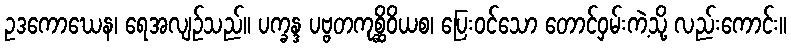
ဥဒကောဃေန၊ ရေအလျဉ်သည်။ ပက္ခန္ဒ ပဗ္ဗတကုစ္ဆိဝိယစ၊ ပြေးဝင်သော တောင်ဝှမ်းကဲ့သို့ လည်းကောင်း။